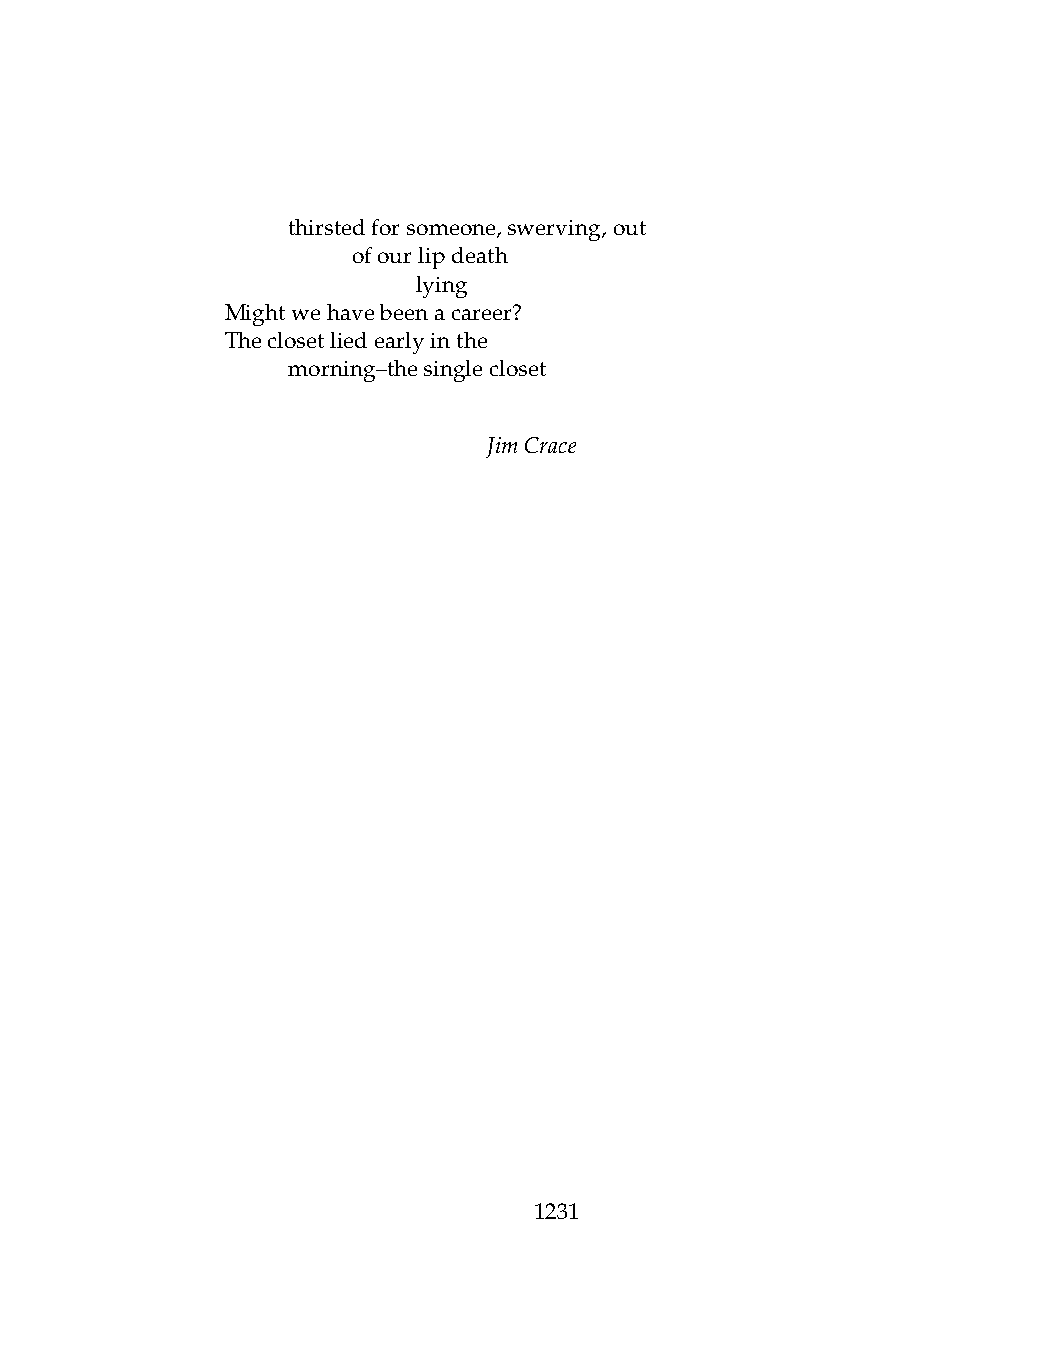
.   thirstedforsomeone,swerving,out
 .   .   ofourlipdeath
 .   .   .    lying
 Mightwehavebeenacareer?
 Theclosetliedearlyinthe
 .   morning–thesinglecloset
 JimCrace
 1231